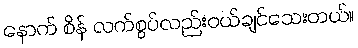
နောက် စိန် လက်စွပ်လည်းဝယ်ချင်သေးတယ်။